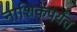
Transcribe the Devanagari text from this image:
नाशिकपर्यंत